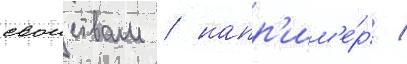
своиствам / напр'им'е́р /